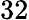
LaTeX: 32